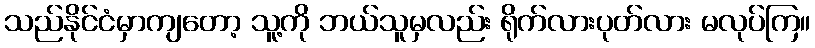
သည်နိုင်ငံမှာကျတော့ သူ့ကို ဘယ်သူမှလည်း ရိုက်လားပုတ်လား မလုပ်ကြ။